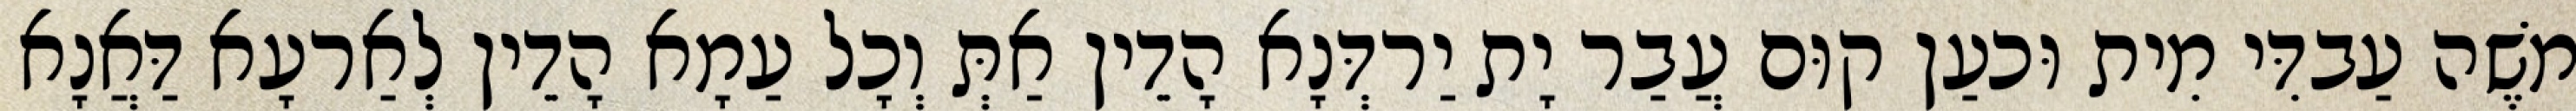
מֹשֶׁה עַבדִּי מִית וּכעַן קוּם עֲבַר יָת יַרדְּנָא הָדֵין אַתְּ וְכָל עַמָא הָדֵין לְאַרעָא דַּאֲנָא